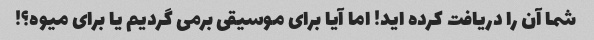
شما آن را دریافت کرده اید! اما آیا برای موسیقی برمی گردیم یا برای میوه؟!